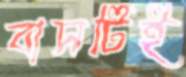
বাসটিই